Annual administration report of the Civil Veterinary Department of India - 1893-1894
Year: 1893
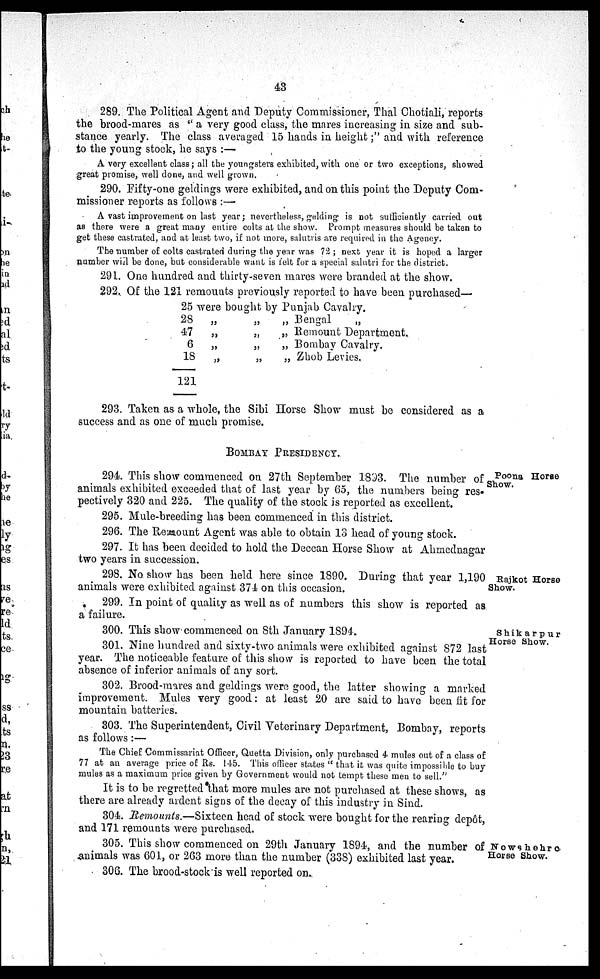
43
289. The Political Agent and Deputy Commissioner, Thal Chotiali, reports
the brood-mares as "a very good class, the mares increasing in size and sub-
stance yearly. The class averaged 15 hands in height;" and with reference
to the young stock, he says:—
A very excellent class; all the youngsters exhibited, with one or two exceptions, showed
great promise, well done, and well grown.
290. Fifty-one geldings were exhibited, and on this point the Deputy Com-
missioner reports as follows:—
A vast improvement on last year; nevertheless, gelding is not sufficiently carried out
as there were a great many entire colts at the show. Prompt measures should be taken to
get these castrated, and at least two, if not more, salutris are required in the Agency.
The number of colts castrated during the year was 72; next year it is hoped a larger
number will be done, but considerable want is felt for a special salutri for the district.
291. One hundred and thirty-seven mares were branded at the show.
292. Of the 121 remounts previously reported to have been purchased—
25
28
47
6
18
121
were bought by Punjab Cavalry.
„ „ „ Bengal „
„
„
„ Remount Department
„
„
„ Bombay Cavalry.
„
„
„ Zhob Levies.
293. Taken as a whole, the Sibi Horse Show must be considered as a
success and as one of much promise.
BOMBAY PRESIDENCY.
Poona Horse
Show.
294. This show commenced on 27th September 1893. The number of
animals exhibited exceeded that of last year by 65, the numbers being res-
pectively 320 and 225. The quality of the stock is reported as excellent.
295. Mule-breeding has been commenced in this district.
296. The Remount Agent was able to obtain 13 head of young stock.
297. It has been decided to hold the Deccan Horse Show at Ahmednagar
two years in succession.
Rajkot Horse
Show.
298. No. show has been held here since 1890. During that year 1,190
animals were exhibited against 374 on this occasion.
299. In point of quality as well as of numbers this show is reported as
a failure.
300. This show commenced on 8th January 1894.
Shikarpur
Horse Show.
301. Nine hundred and sixty-two animals were exhibited against 872 last
year. The noticeable feature of this show is reported to have been the total
absence of inferior animals of any sort.
302. Brood-mares and geldings were good, the latter showing a marked
improvement. Mules very good: at least 20 are said to have been fit for
mountain batteries.
303. The Superintendent, Civil Veterinary Department, Bombay, reports
as follows:—
The Chief Commissariat Officer, Quetta Division, only purchased 4 mules out of a class of
77 at an average price of Rs. 145. This officer states "that it was quite impossible to buy
mules as a maximum price given by Government would not tempt these men to sell."
It is to be regretted that more mules are not purchased at these shows, as
there are already ardent signs of the decay of this industry in Sind.
304. Remounts.—Sixteen head of stock were bought for the rearing depôt,
and 171 remounts were purchased.
Nowshehro
Horse Show.
305. This show commenced on 29th January 1894, and the number of
animals was 601, or 263 more than the number (338) exhibited last year.
306. The brood-stock is well reported on.